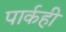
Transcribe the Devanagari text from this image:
पार्कही